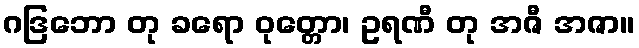
ဂဒြဘော တု ခရော ဝုတ္တော၊ ဥရဏီ တု အဇီ အဇာ။